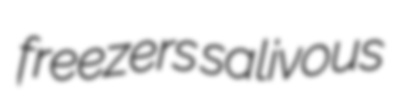
freezers salivous